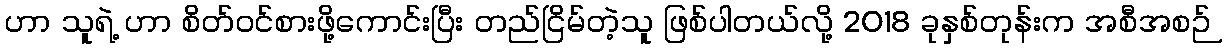
ဟာ သူရဲ့ ဟာ စိတ်ဝင်စားဖို့ကောင်းပြီး တည်ငြိမ်တဲ့သူ ဖြစ်ပါတယ်လို့ 2018 ခုနှစ်တုန်းက အစီအစဉ်